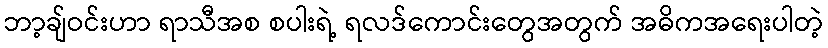
ဘာ့ချ်ဝင်းဟာ ရာသီအစ စပါးရဲ့ ရလဒ်ကောင်းတွေအတွက် အဓိကအရေးပါတဲ့